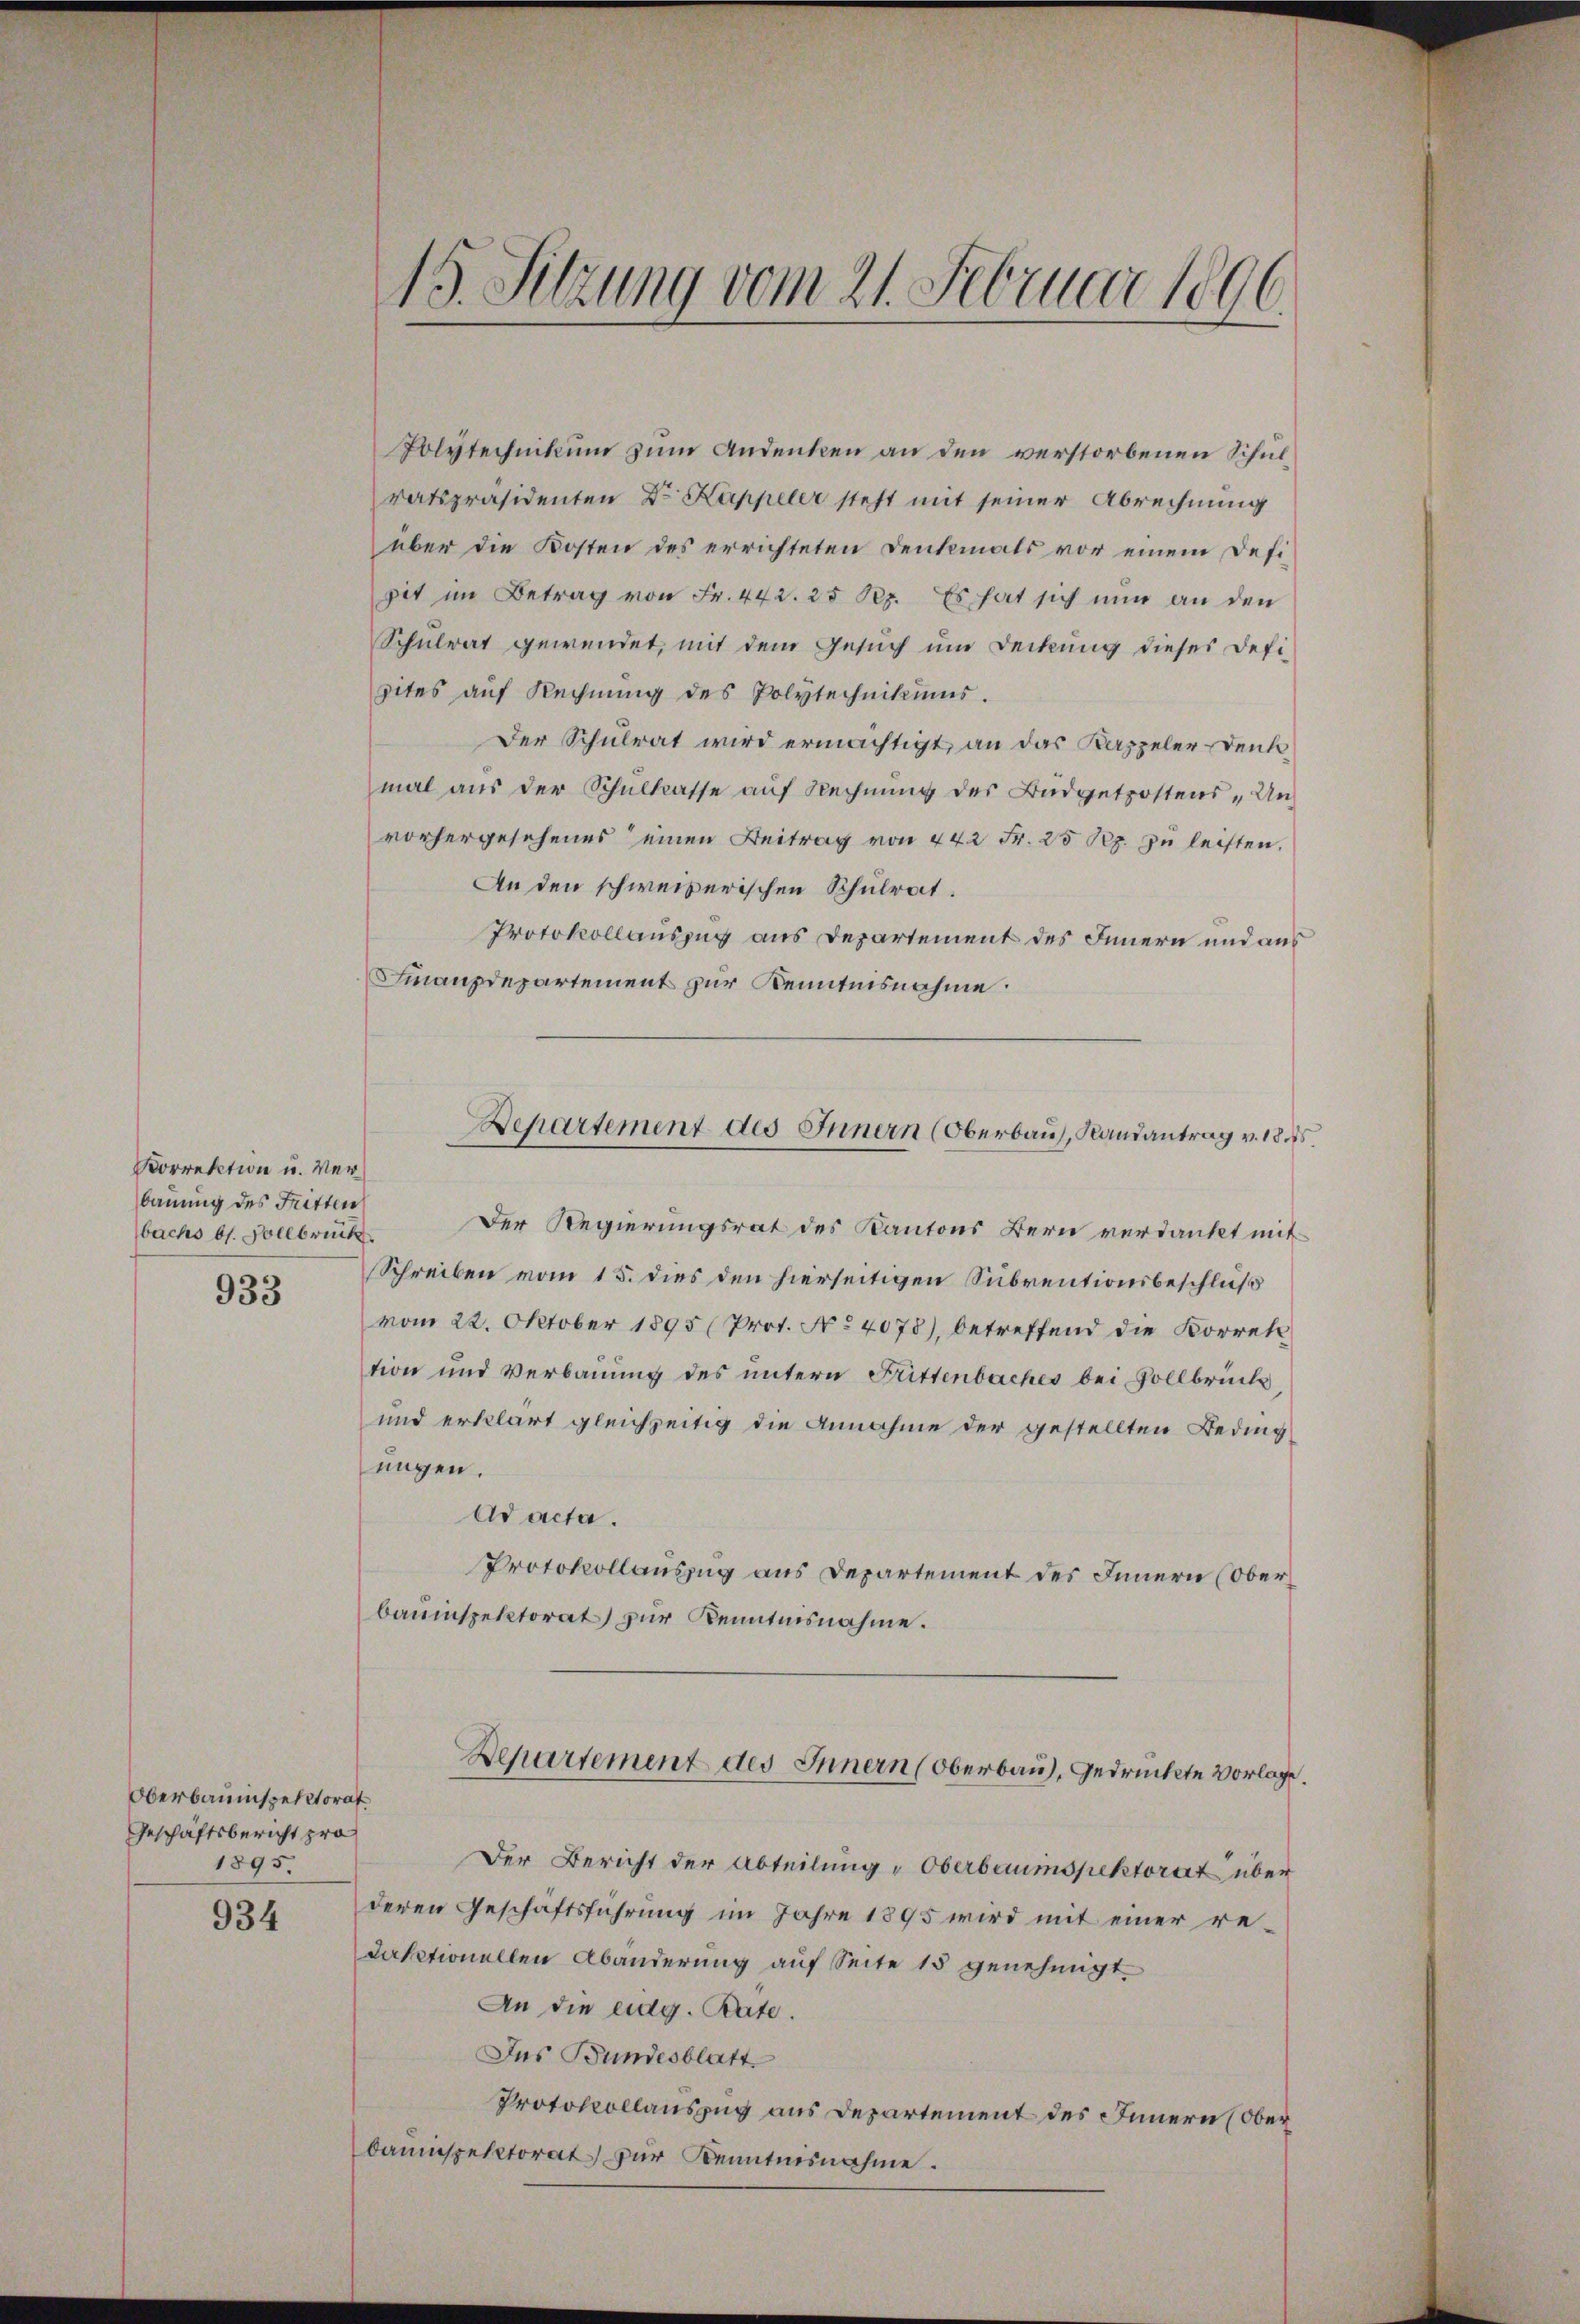
Korrektion u. Verbauung des Fritten
bachs bs. Vollbrück

933

Polytechnikum zum Andenken an den verstorbenen Schulratspräsidenten Dr Kappeler steht mit seiner Abrechnung
über die Kosten des errichteten Denkmals vor einem Defipit im Betrag von Fr. 442. 25 Sep. Es hat sich nun an den
Schulrat gewendet, mit dem Gesuch um Deckung dieses Defi-
pites auf Rechnung des Polytechnikums.
Der Schulrat wird ermächtigt, an das Kappeler-Denk
mal aus der Schulkasse auf Rechnung des Büdgetpostens „Un
vorhergesehenes einen Beitrag von 442 Fr. 25 Rp. zŭ leisten.
An den schweizerischen Schulrat.
Protokollauszug aus Departement des Innern und aus
Finanzdepartement zur Kenntnisnahme.
Der Regierungsrat des Kantons Bern verdankt mit
Schreiben vom 15. dies den hierseitigen Subventionsbeschluß
vom 22. Oktober 1895 (Prot. No 4078), betreffend die Korrek
tion und Verbauung des untern Füttenbaches bei Pollbrück,
und erklärt gleichzeitig die Annahme der gestellten Beding
ungen.
Ad acta.
Protokollauszug aus Departement des Innern (Oberbauinspektorat zur Kenntnisnahme.
Departement des Innern (Oberbau, gedruckte Vorlage.
Der Bericht der Abteilung " Oberbauinspektorat über
deren Geschäftsführung im Jahre 1895 wird mit einer redaktionellen Abänderung auf Seite 15 genehmigt.
An die eidg. Rate.
Das Bundesblatt
Protokollauszug aus Departement des Innern (Oberbaumespektorat für Kenntnisnahme.

Oberbauinspektorat
Geschäftsbericht pro
1895.

934

15. Sitzung vom 21. Februar 1896.

epartement des Innern (Oberbau, Randantrag v. 18 ..